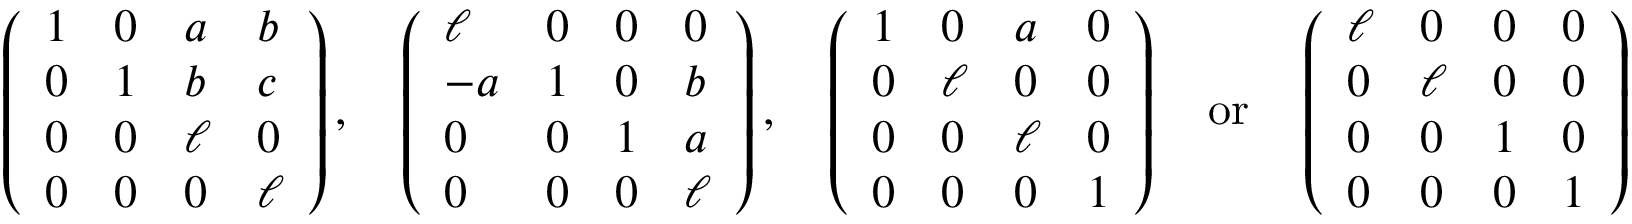
\left( \begin{array} { l l l l } { 1 } & { 0 } & { a } & { b } \\ { 0 } & { 1 } & { b } & { c } \\ { 0 } & { 0 } & { \ell } & { 0 } \\ { 0 } & { 0 } & { 0 } & { \ell } \end{array} \right) , \quad \left( \begin{array} { l l l l } { \ell } & { 0 } & { 0 } & { 0 } \\ { - a } & { 1 } & { 0 } & { b } \\ { 0 } & { 0 } & { 1 } & { a } \\ { 0 } & { 0 } & { 0 } & { \ell } \end{array} \right) , \quad \left( \begin{array} { l l l l } { 1 } & { 0 } & { a } & { 0 } \\ { 0 } & { \ell } & { 0 } & { 0 } \\ { 0 } & { 0 } & { \ell } & { 0 } \\ { 0 } & { 0 } & { 0 } & { 1 } \end{array} \right) \quad \mathrm { o r } \quad \left( \begin{array} { l l l l } { \ell } & { 0 } & { 0 } & { 0 } \\ { 0 } & { \ell } & { 0 } & { 0 } \\ { 0 } & { 0 } & { 1 } & { 0 } \\ { 0 } & { 0 } & { 0 } & { 1 } \end{array} \right)